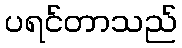
ပရင်တာသည်